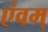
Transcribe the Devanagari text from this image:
एंवम्